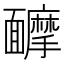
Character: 𩉑